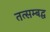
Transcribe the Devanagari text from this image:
तत्सम्बद्ध